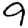
Digit: 9